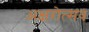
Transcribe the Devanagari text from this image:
अक्षरोत्सव